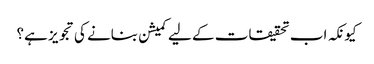
کیونکہ اب تحقیقات کے لیے کمیشن بنانے کی تجویز ہے؟